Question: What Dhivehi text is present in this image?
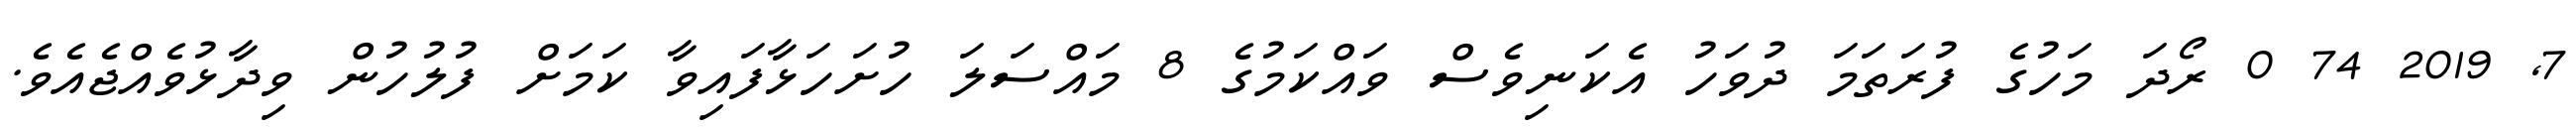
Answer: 7, 2019 74 0 ރޯދަ މަހުގެ ފުރަތަމަ ދުވަހު އެކަނިވެސް ވައްކަމުގެ 8 މައްސަލަ ހުށަހަޅާފައިވާ ކަމަށް ފުލުހުން ވިދާޅުވެއްޖެއެވެ.